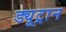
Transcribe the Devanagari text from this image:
ड्यूट्रान